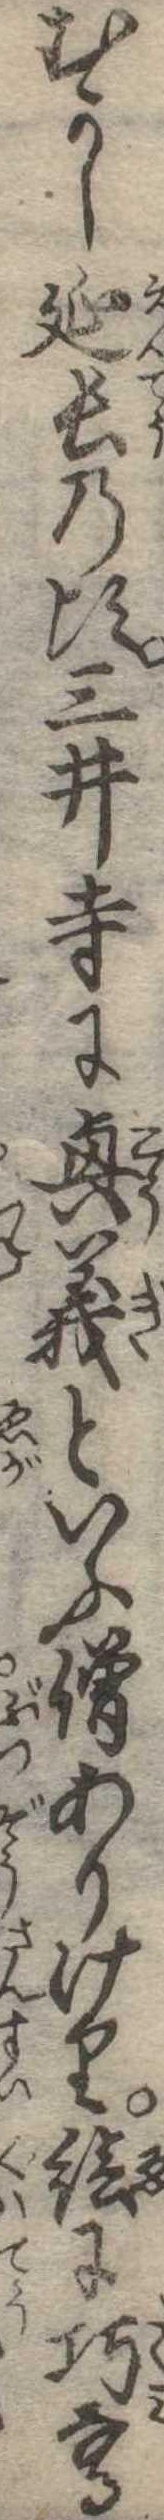
むかし延長の頃三井寺に興義といふ僧ありけり絵に巧なる